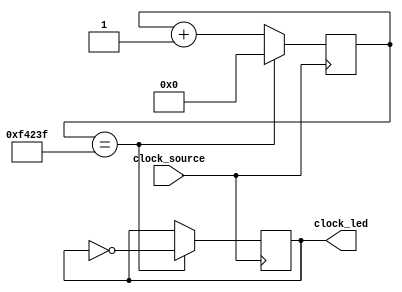
module clock_divider(
	input clock_source,
    output reg clock_led
);

parameter clock_divider=1_000_000; //clock divider factor 10 hz clock
reg[23:0] divide_counter;

always @(posedge clock_source)//divides clock
begin
    if(divide_counter==clock_divider-1)
    begin
    divide_counter<=0;
    clock_led<=~clock_led;
    end
    else
    divide_counter<=divide_counter+1;
end

endmodule